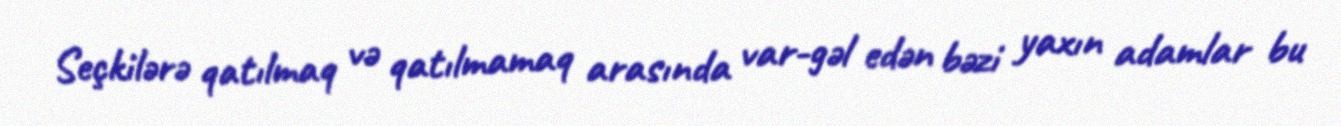
Seçkilərə qatılmaq və qatılmamaq arasında var-gəl edən bəzi yaxın adamlar bu